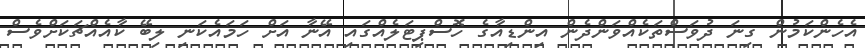
އެހެންކަމުން ގިނަ ދުވަސްތަކެއްވަންދެން އިންޑިއާގެ ހޮސްޕިޓަލެއްގައި އޭނާ އަށް ހަމައެކަނި ލިބޭ ކާއެއްޗަކަށްވެސް